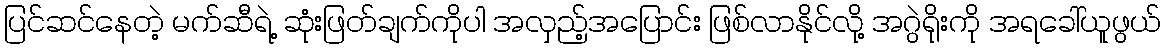
ပြင်ဆင်နေတဲ့ မက်ဆီရဲ့ ဆုံးဖြတ်ချက်ကိုပါ အလှည့်အပြောင်း ဖြစ်လာနိုင်လို့ အဂွဲရိုးကို အရခေါ်ယူဖွယ်